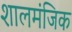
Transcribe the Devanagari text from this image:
शालमंजिक